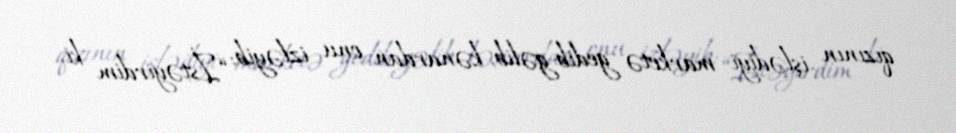
qızının işlədiyi marketə gedib-gəlib, kənardan onu izləyib: “İstəyirdim ki,